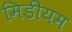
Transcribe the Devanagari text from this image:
मिडीयम